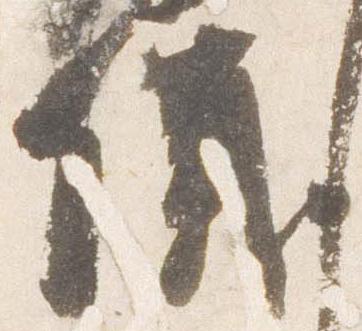
儀